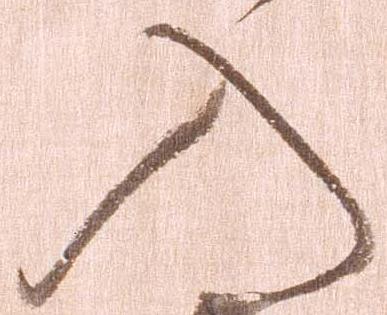
入